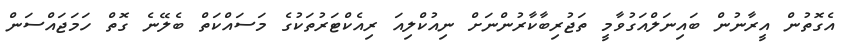
އެގޮތުން އީރާނުން ބައިނަލްއަގުވާމީ ތަޖުރިބާކާރުންނަށް ނިއުކްލިއަ ރިއެކްޓަރުތަކުގެ މަސައްކަތް ބެލޭނެ ގޮތް ހަމަޖައްސަން